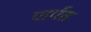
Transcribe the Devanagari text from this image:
पार्पत